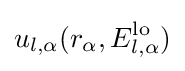
u_{l,\alpha }(r_{\alpha },E_{l,\alpha }^{\text{lo}})